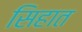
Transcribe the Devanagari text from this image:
सिहात